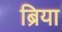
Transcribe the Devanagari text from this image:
ब्रिया